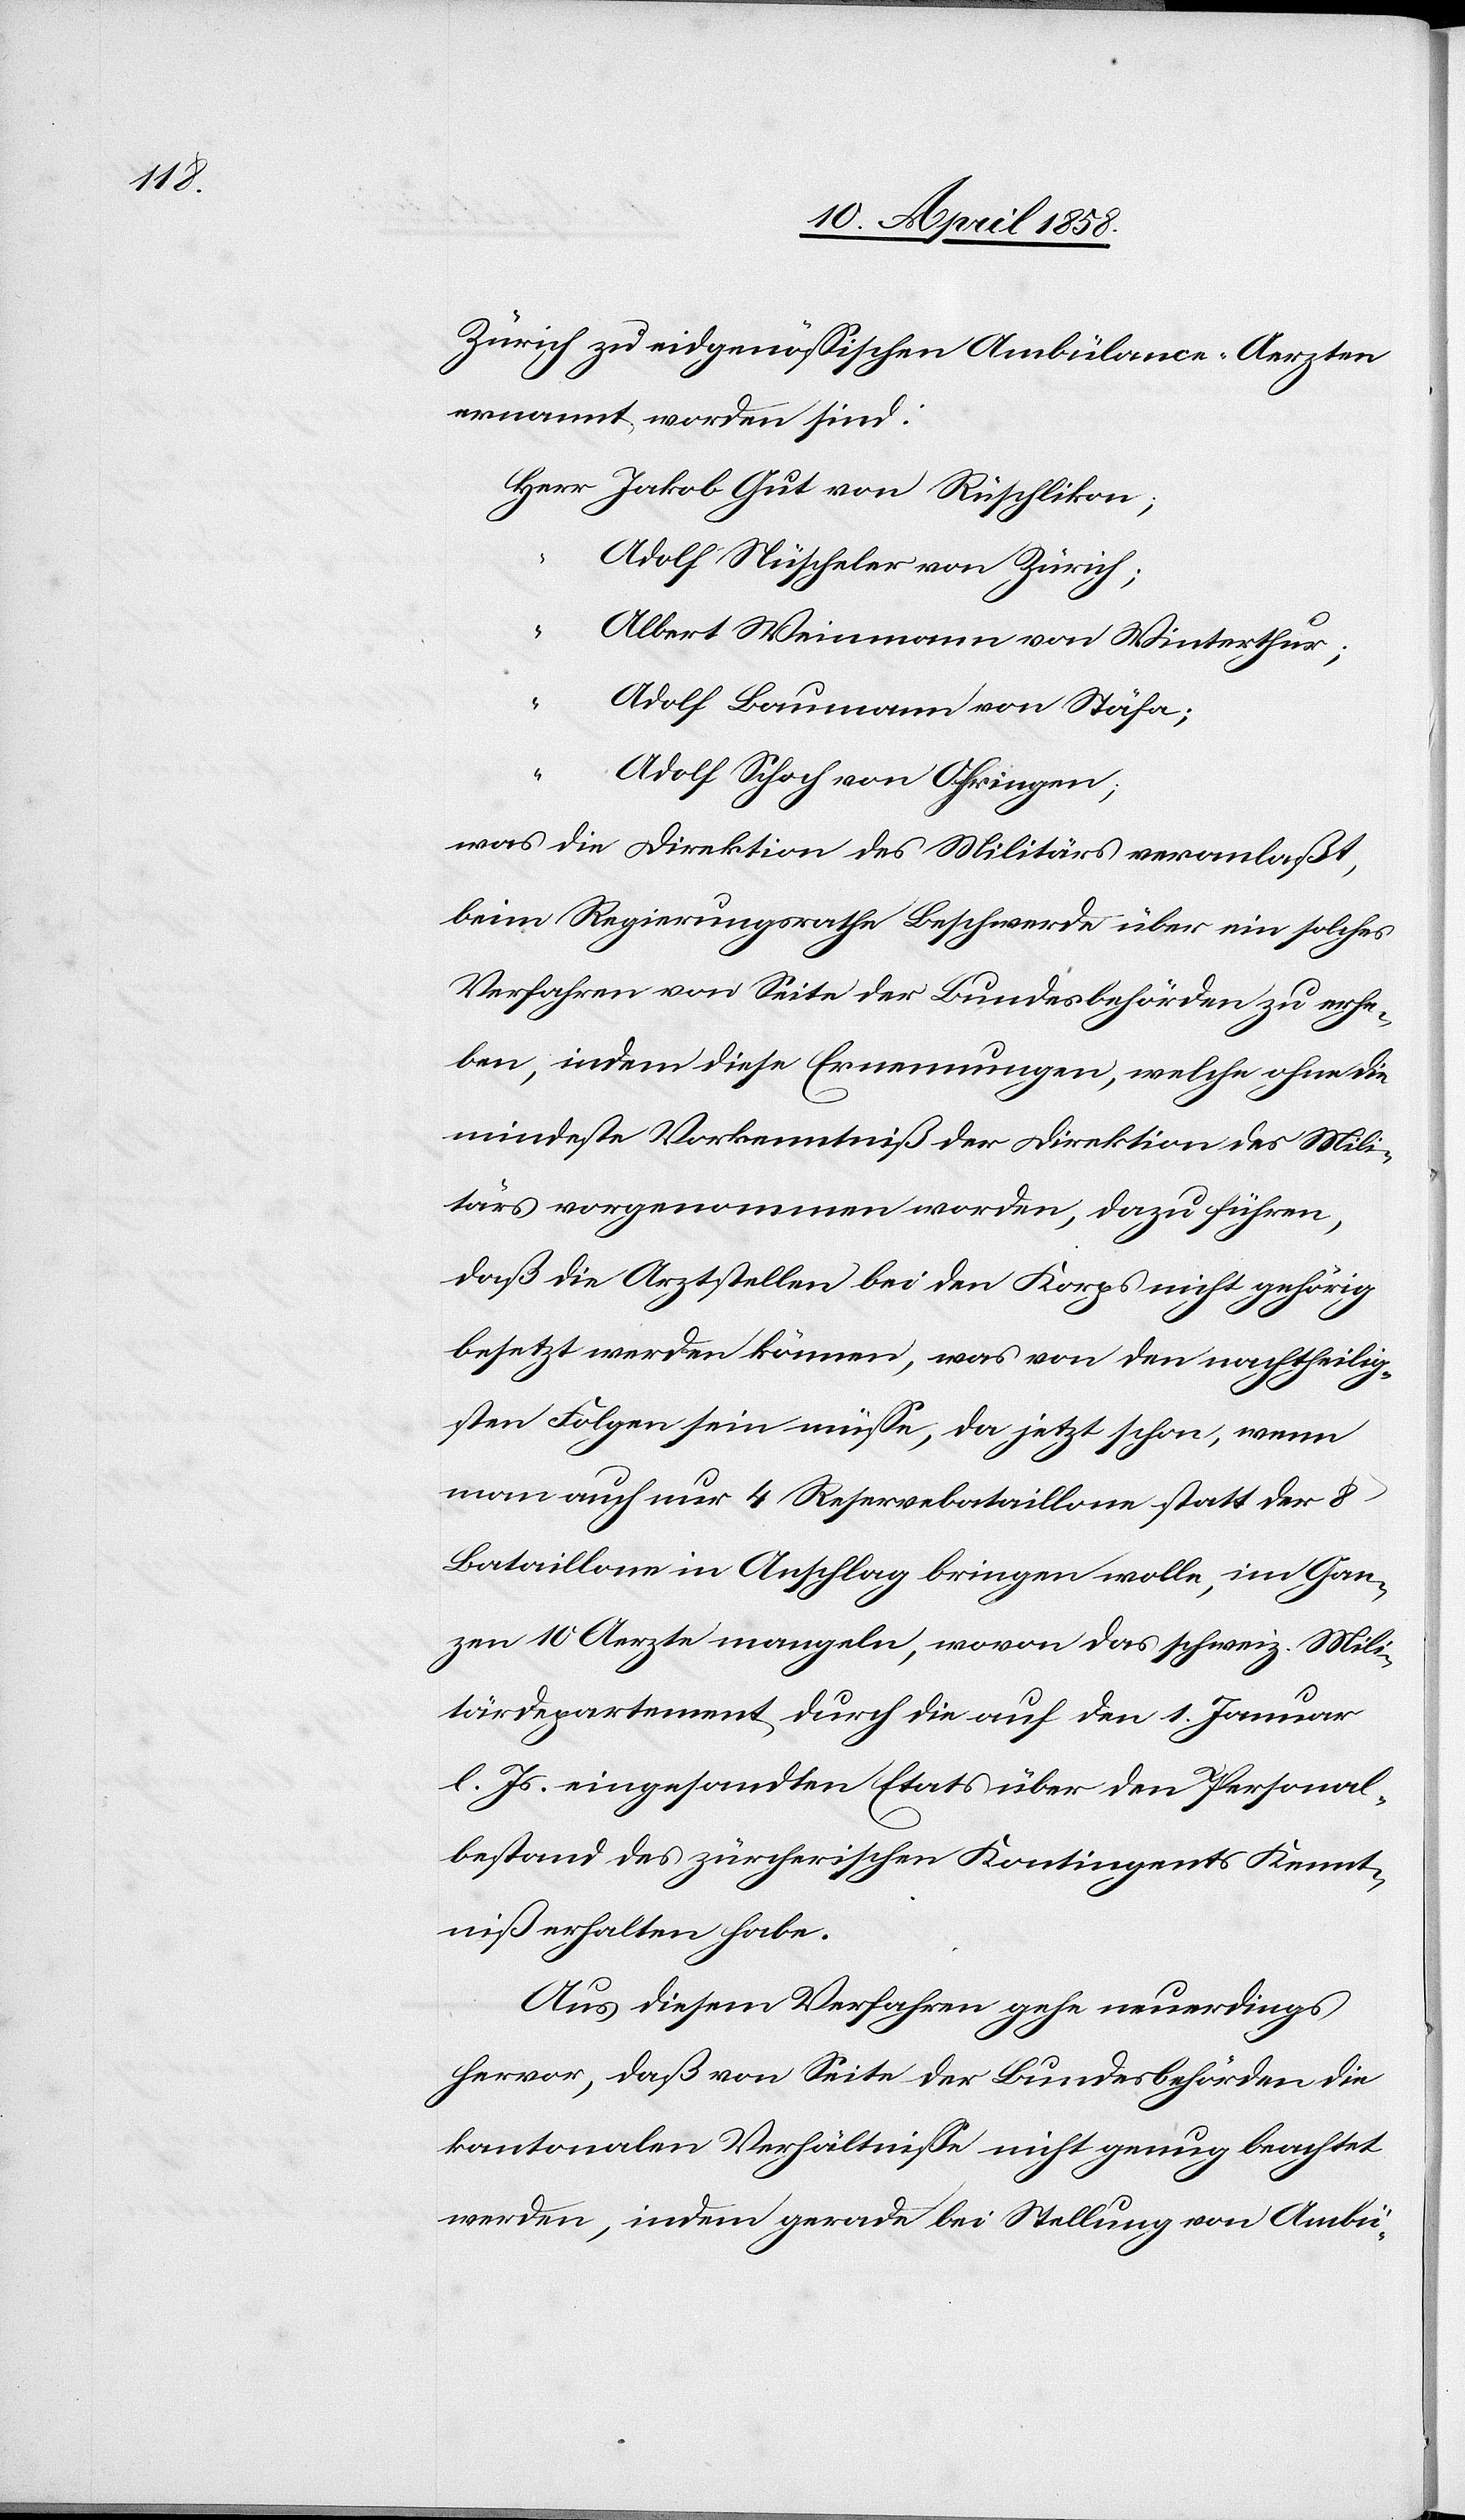
Zürich zu eidgenössischen Ambülance-Aerzten
ernannt worden sind:
Jakob Gut von Rüschlikon;
“
Adolf Nüscheler von Zürich;
Albert Weinmann von Winterthur;
“
Adolf Baumann von Stäfa;
Adolf Schoch von Ohringen;
was die Direktion des Militärs veranlaßt,
beim Regierungsrathe Beschwerde über ein solches
Verfahren von Seite der Bundesbehörden zu erhe¬
ben, indem diese Ernennungen, welche ohne die
mindeste Vorkenntniß der Direktion des Mili¬
tärs vorgenommen worden, dazu führen,
daß die Arztstellen bei den Korps nicht gehörig
besetzt werden können, was von den nachtheilig¬
sten Folgen sein müsse, da jetzt schon, wenn
man auch nur 4 Reservebataillone statt der 8
Bataillone ein Anschlag bringen wolle, im Gan¬
zen 10 Aerzte mangeln, wovon das schweiz. Mili¬
tärdepartement durch die auf den 1. Januar
l. Js. eingesandten Etats über den Personal¬
bestand des zürcherischen Kontingents Kennt¬
niß erhalten habe.
Aus diesem Verfahren gehe neuerdings
hervor, daß von Seite der Bundesbehörden die
kantonalen Verhältnisse nicht genug beachtet
werden, indem gerade bei Stellung von Ambü-